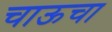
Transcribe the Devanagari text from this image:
चाऊचा